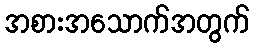
အစားအသောက်အတွက်